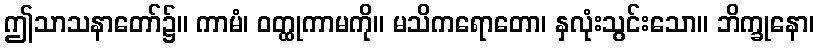
ဤသာသနာတော်၌။ ကာမံ၊ ဝတ္ထုကာမကို။ မသိကရောတော၊ နှလုံးသွင်းသော။ ဘိက္ခုနော၊